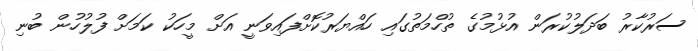
ސަރުކާރު ބަދަލުކުރަން އުޅުމުގެ ތުހްމަތުގައި ހައްޔަރުކޮށްފައިވަނީ އަށް މީހަކު ކަމަށް ފުލުހުން ބުނި